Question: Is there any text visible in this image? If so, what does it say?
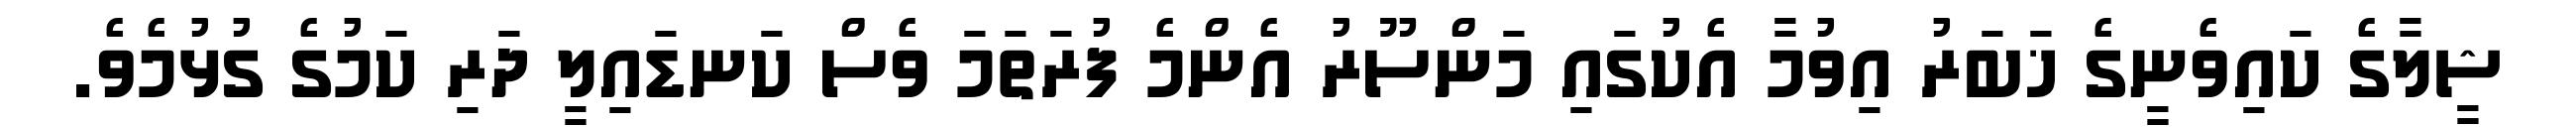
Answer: ޝީލާގެ ކައިވެނީގެ ޚަބަރު އިވުމާ އެކުގައި މަންސޫރު އެންމެ ފުރަތަމަ ވެސް ކަނޑައިލީ ދަރި ކަމުގެ ގުޅުމެވެ.